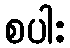
စပါး